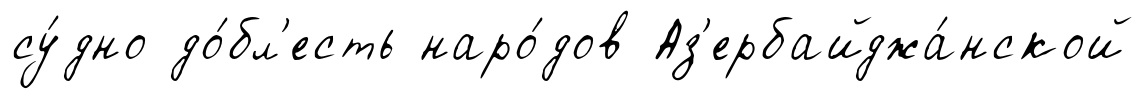
су́дно до́бл'есть наро́дов Аз'ербайджа́нской